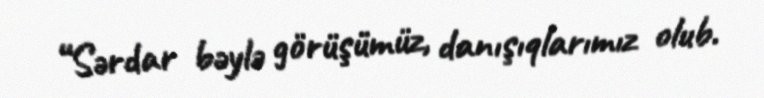
“Sərdar bəylə görüşümüz, danışıqlarımız olub.